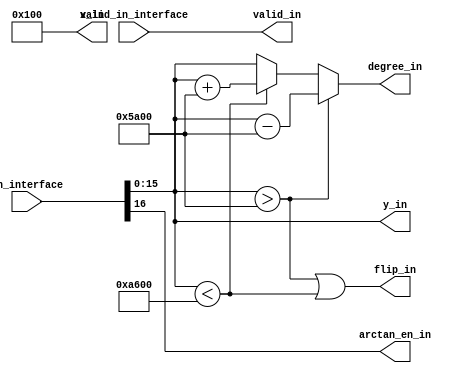
module interface_input #(
                         parameter INPUT_WIDTH = 16,
                         parameter OUTPUT_WIDTH = 16,
                         parameter INPUT_INT_WIDTH = 7,
                         parameter INPUT_FRAC_WIDTH = 8,
                         parameter OUTPUT_INT_WIDTH = 7,
                         parameter OUTPUT_FRAC_WIDTH = 8,
                         parameter ITERATION_NUMBER = 6,
                         parameter ITERATION_WORD_WIDTH = 32,
                         parameter ITERATION_WORD_INT_WIDTH = 12,
                         parameter ITERATION_WORD_FRAC_WIDTH = 20,
                         parameter FLIP_FLAG_WIDTH = 1
                         )(
                           input wire [31 : 0]                     in_interface,
                           input wire                              valid_in_interface,

                           // input wire signed [INPUT_WIDTH - 1 : 0] degree_in_interface,
                           // input wire                              arctan_en_in_interface,
                           // input wire [INPUT_WIDTH - 1 : 0]        tan_in_interface,
                           // input wire [INPUT_WIDTH - 1 : 0]        x_in_interface,
                           // input wire [INPUT_WIDTH - 1 : 0]        y_in_interface,

                           output reg [OUTPUT_WIDTH - 1 : 0]       degree_in,
                           output wire [INPUT_WIDTH - 1 : 0]       x_in,
                           output wire [INPUT_WIDTH - 1 : 0]       y_in,
                           output wire [FLIP_FLAG_WIDTH - 1 : 0]   flip_in,
                           output wire                             arctan_en_in,
                           output wire                             valid_in
                           );
   wire signed [INPUT_WIDTH - 1 : 0]                               degree_in_interface;
   wire [INPUT_WIDTH - 1 : 0]                                      tan_in_interface;
   wire                                                            arctan_en_in_interface;
   assign degree_in_interface = in_interface[15:0];
   assign tan_in_interface = in_interface[15:0];
   assign arctan_en_in_interface = in_interface[16];
   parameter                                                       ANGLE_N90=-16'sd23040;
   parameter                                                       ANGLE_P90=16'sd23040;
   parameter                                                       ANGLE_P180=16'sd46080;

   // degree_in_interface range: from -180 to 180

   assign flip_in=(degree_in_interface > ANGLE_P90) || (degree_in_interface < ANGLE_N90);

   assign x_in=16'b00000001_00000000;
   assign y_in=tan_in_interface;

   assign arctan_en_in=arctan_en_in_interface;
   assign valid_in=valid_in_interface;

   always @(*) begin
      if (degree_in_interface > ANGLE_P90)
        degree_in = degree_in_interface - ANGLE_P90;
      else
        if (degree_in_interface < ANGLE_N90)
          degree_in = degree_in_interface + ANGLE_P90;
        else
          degree_in = degree_in_interface;
   end


endmodule //interface